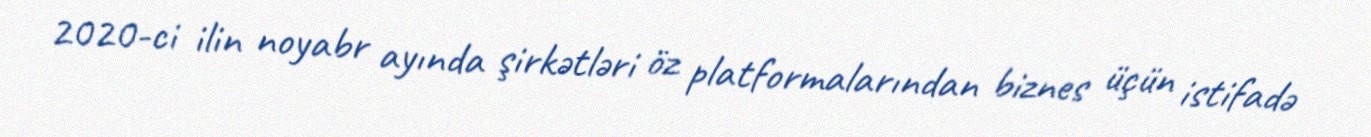
2020-ci ilin noyabr ayında şirkətləri öz platformalarından biznes üçün istifadə